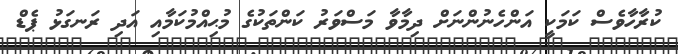
ކުރާހާވެސް ކަމަކީ އަންހެނުންނަށް ދިމާވާ މަސްވަރު ކަންތަކުގެ މުޙިއްމުކަމާއި އަދި ރަނގަޅު ޕެޑް